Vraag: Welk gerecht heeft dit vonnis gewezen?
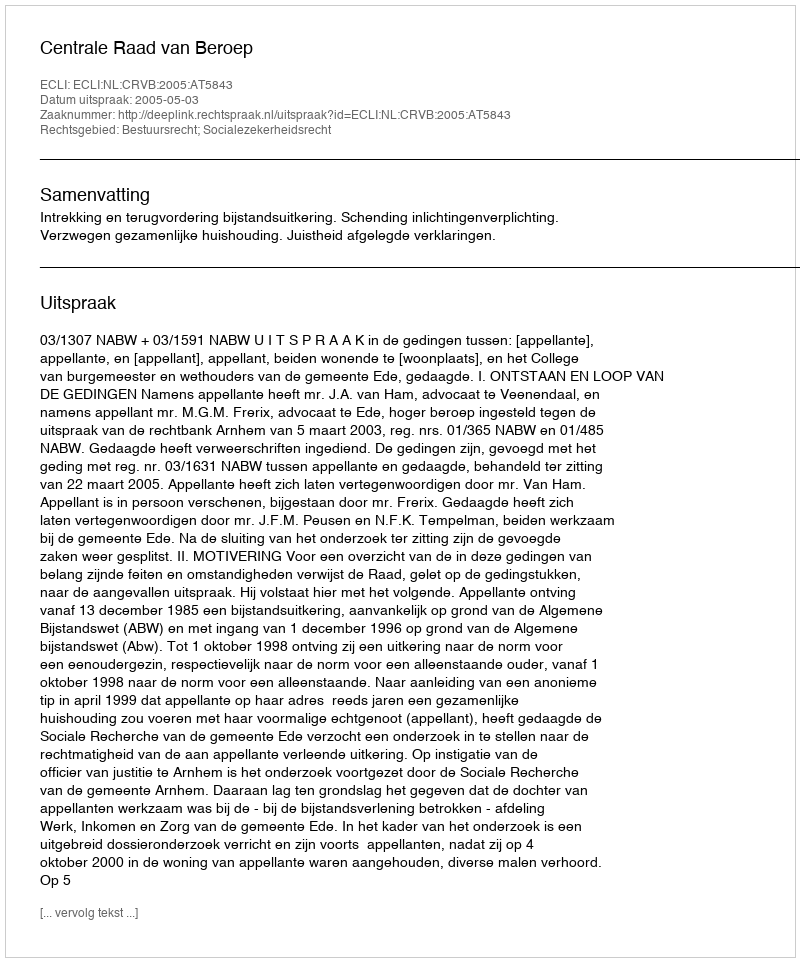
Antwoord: Centrale Raad van Beroep